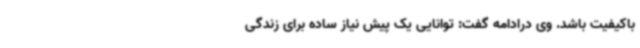
باکیفیت باشد. وی درادامه گفت: توانایی یک پیش نیاز ساده برای زندگی